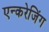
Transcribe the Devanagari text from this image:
एन्करेजिंग